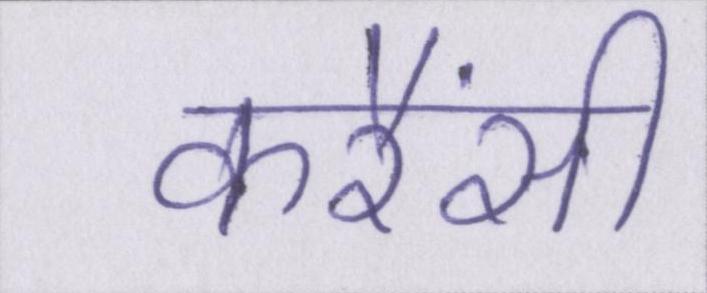
करैंसी